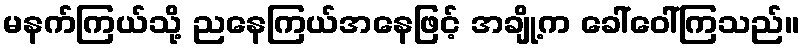
မနက်ကြယ်သို့ ညနေကြယ်အနေဖြင့် အချို့က ခေါ်ဝေါ်ကြသည်။